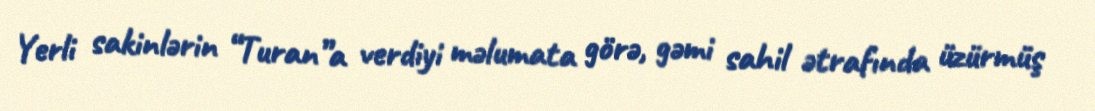
Yerli sakinlərin “Turan”a verdiyi məlumata görə, gəmi sahil ətrafında üzürmüş